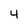
Character: 4